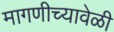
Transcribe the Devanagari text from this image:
मागणीच्यावेळी